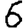
Digit: 6